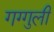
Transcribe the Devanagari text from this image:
गग्गुली